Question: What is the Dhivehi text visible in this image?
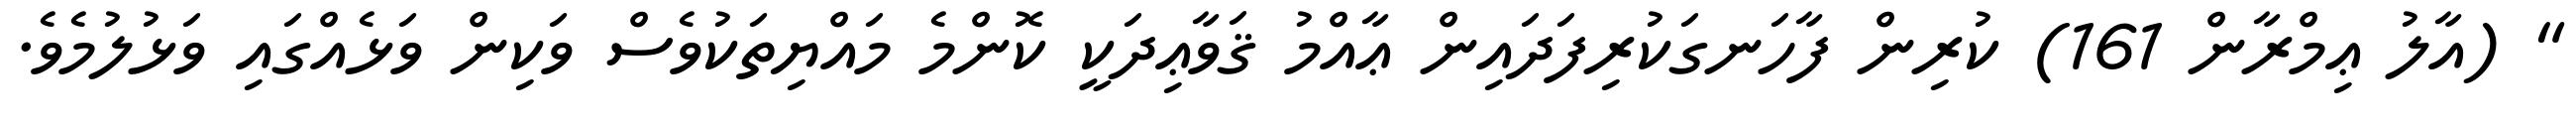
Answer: " (އާލު ޢިމްރާން 161) ކުރިން ފާހަނގަކުރިފަދައިން ޢާއްމު ޤަވާޢިދަކީ ކޮންމެ މައްޔިތަކުވެސް ވަކިން ވަޅެއްގައި ވަޅުލުމެވެ.